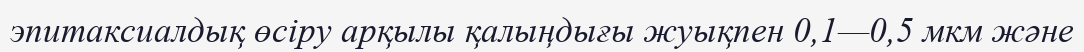
эпитаксиалдық өсіру арқылы қалыңдығы жуықпен 0,1—0,5 мкм және